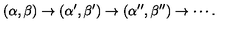
( \alpha , \beta ) \to ( \alpha ^ { \prime } , \beta ^ { \prime } ) \to ( \alpha ^ { \prime \prime } , \beta ^ { \prime \prime } ) \to \cdots .